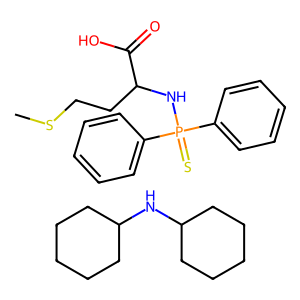
SMILES: C1CCC(NC2CCCCC2)CC1.CSCCC(NP(=S)(c1ccccc1)c1ccccc1)C(=O)O
Inhibits HIV replication: No